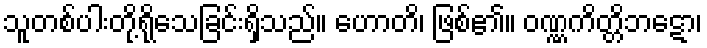
သူတစ်ပါးတို့ရိုသေခြင်းရှိသည်။ ဟောတိ၊ ဖြစ်၏။ ဝဏ္ဏကိတ္တိဘဋော၊